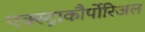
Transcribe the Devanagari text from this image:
एक्स्ट्राकौर्पोरिअल